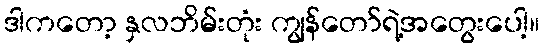
ဒါကတော့ နှလဘိမ်းတုံး ကျွန်တော်ရဲ့အတွေးပေါ့။